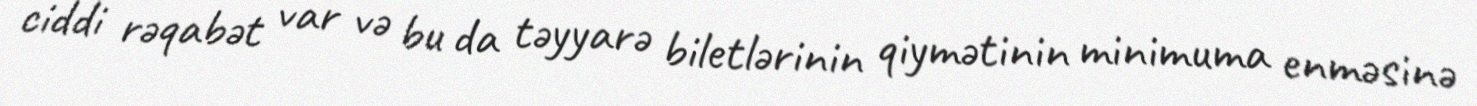
ciddi rəqabət var və bu da təyyarə biletlərinin qiymətinin minimuma enməsinə